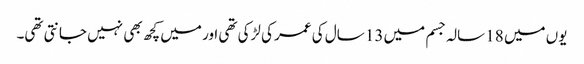
یوں میں 18 سالہ جسم میں 13 سال کی عمر کی لڑکی تھی اور میں کچھ بھی نہیں جانتی تھی۔